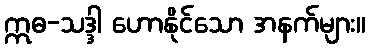
ဣဓ-သဒ္ဒါ ဟောနိုင်သော အနက်များ။